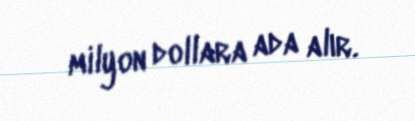
milyon dollara ada alır.